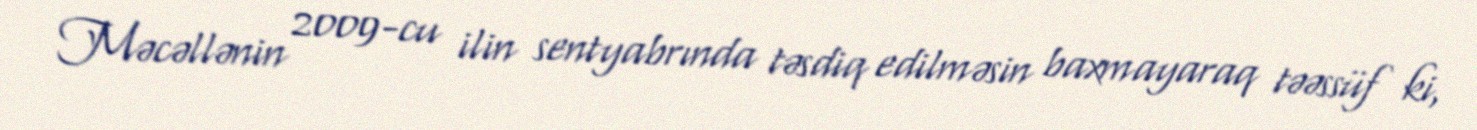
Məcəllənin 2009-cu ilin sentyabrında təsdiq edilməsin baxmayaraq təəssüf ki,